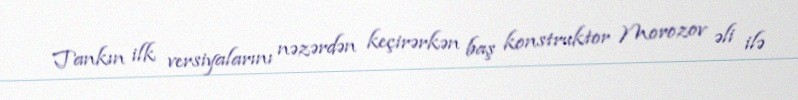
Tankın ilk versiyalarını nəzərdən keçirərkən baş konstruktor Morozov əli ilə